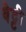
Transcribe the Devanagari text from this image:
बैट्टी